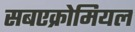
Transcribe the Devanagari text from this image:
सबएक्रोमियल